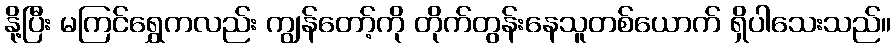
နို့ပြီး မကြင်ရွှေကလည်း ကျွန်တော့်ကို တိုက်တွန်းနေသူတစ်ယောက် ရှိပါသေးသည်။